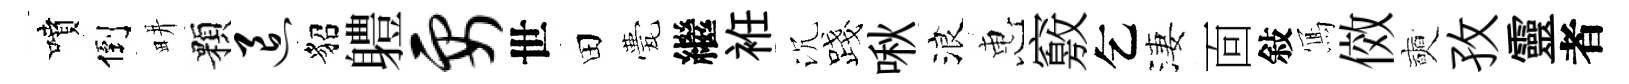
噴倒畊顆退貂軆要世田甍繼袵沉露啾浪惠竅乞淒靣敍𭂁傚奭孜靈者